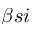
\beta s i